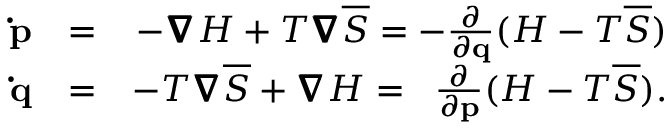
\begin{array} { r l r } { \mathbf { \dot { p } } } & { = } & { - \pmb { \nabla } H + T \pmb { \nabla } \overline { { S } } = - \frac { \partial } { \partial \mathbf { q } } ( H - T \overline { { S } } ) } \\ { \mathbf { \dot { q } } } & { = } & { - T \pmb { \nabla } \overline { { S } } + \pmb { \nabla } H = \; \; \frac { \partial } { \partial \mathbf { p } } ( H - T \overline { { S } } ) . } \end{array}